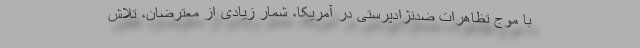
با موج تظاهرات ضدنژادپرستی در آمریکا، شمار زیادی از معترضان، تلاش